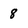
Character: 8